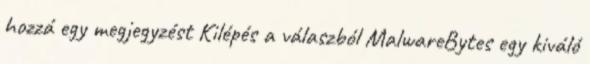
hozzá egy megjegyzést Kilépés a válaszból MalwareBytes egy kiváló